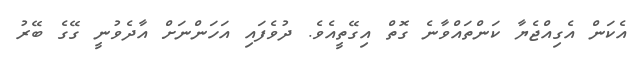
އެކަން އެގިއްޖެޔާ ކަންތައްވާނެ ގޮތް އިގޭތީއެވެ. ދުވެފައި އަހަންނަށް އާދެވުނީ ގޭގެ ބޭރު